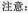
注意：